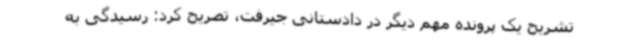
تشریح یک پرونده مهم دیگر در دادستانی جیرفت، تصریح کرد: رسیدگی به